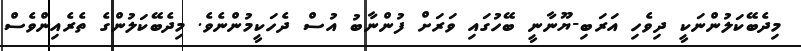
މިދެބޭކަލުންނަކީ ދިވެހި އަރަބި-ޔޫނާނީ ބޭހުގައި ވަރަށް ފުންނާބު އުސް ދެހަކީމުންނެވެ. މިދެބޭކަލުންގެ ތެރެއިންވެސް